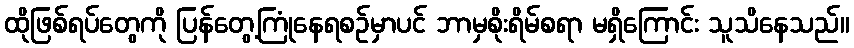
ထိုဖြစ်ရပ်တွေကို ပြန်တွေ့ကြုံနေရစဉ်မှာပင် ဘာမှစိုးရိမ်စရာ မရှိကြောင်း သူသိနေသည်။